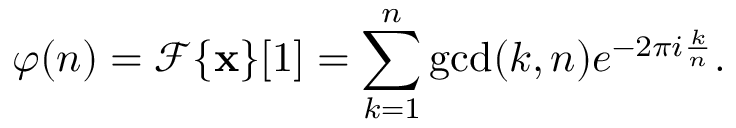
\varphi ( n ) = { \mathcal { F } } \{ \mathbf { x } \} [ 1 ] = \sum _ { k = 1 } ^ { n } \operatorname* { g c d } ( k , n ) e ^ { - 2 \pi i { \frac { k } { n } } } .